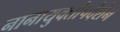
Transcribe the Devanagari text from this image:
नानायुक्तोपदेशेन